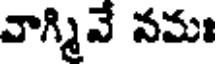
వాగ్మివే నమః